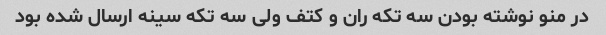
در منو نوشته بودن سه تکه ران و کتف ولی سه تکه سینه ارسال شده بود